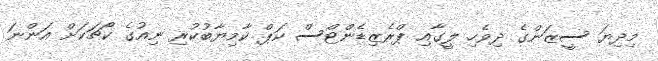
މިދިޔަ ސީޒަންގެ ދިވެހި ލީގާއި ޕްރެޒިޑެންޓްސް ކަޕް ކާމިޔާބުކުރި ނިއުގެ ކޯޗަކަށް އަންނަ